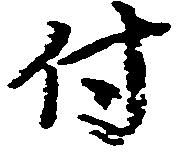
付